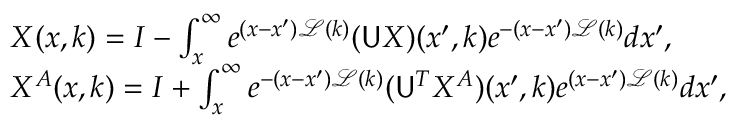
\begin{array} { r l } & { X ( x , k ) = I - \int _ { x } ^ { \infty } e ^ { ( x - x ^ { \prime } ) \mathcal { L } ( k ) } ( \mathsf { U } X ) ( x ^ { \prime } , k ) e ^ { - ( x - x ^ { \prime } ) \mathcal { L } ( k ) } d x ^ { \prime } , } \\ & { X ^ { A } ( x , k ) = I + \int _ { x } ^ { \infty } e ^ { - ( x - x ^ { \prime } ) \mathcal { L } ( k ) } ( \mathsf { U } ^ { T } X ^ { A } ) ( x ^ { \prime } , k ) e ^ { ( x - x ^ { \prime } ) \mathcal { L } ( k ) } d x ^ { \prime } , } \end{array}